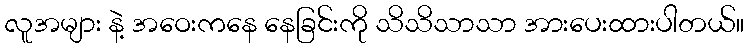
လူအများ နဲ့ အဝေးကနေ နေခြင်းကို သိသိသာသာ အားပေးထားပါတယ်။